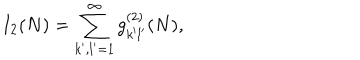
I _ { 2 } ( N ) = \sum _ { k ^ { \prime } , l ^ { \prime } = 1 } ^ { \infty } g _ { k ^ { \prime } l ^ { \prime } } ^ { ( 2 ) } ( N ) ,